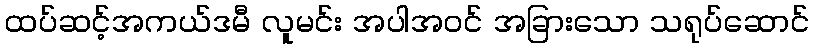
ထပ်ဆင့်အကယ်ဒမီ လူမင်း အပါအဝင် အခြားသော သရုပ်ဆောင်